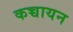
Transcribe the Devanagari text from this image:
कच्चायन